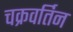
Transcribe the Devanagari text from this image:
चक्रवर्तिन